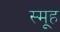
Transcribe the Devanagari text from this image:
स्मूह